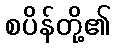
စပိန်တို့၏